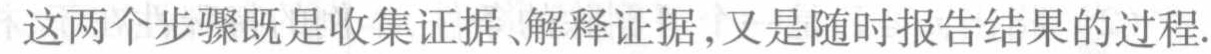
这两个步骤既是收集证据、解释证据,又是随时报告结果的过程.